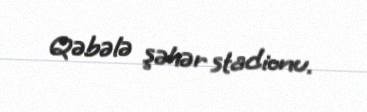
Qəbələ şəhər stadionu.